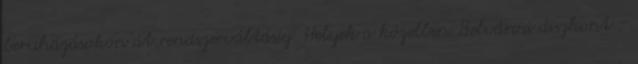
beruházásokon át rendszerváltásig. Helyek a közelben Belvárosi diszkont -